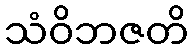
သံဝိဘဇတိ